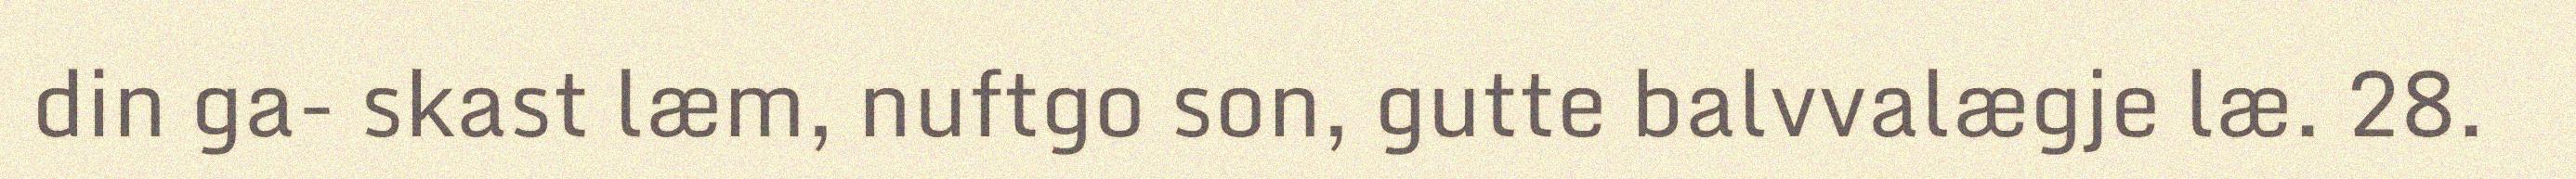
din ga- skast læm, nuftgo son, gutte balvvalægje læ. 28.